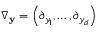
\nabla _ { \mathbf { y } } = \left( \partial _ { y _ { 1 } } , \hdots , \partial _ { y _ { d } } \right)